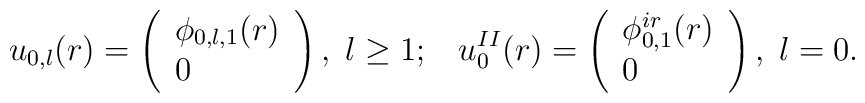
u_{0,l}(r)=\left( \begin{array}{l}\phi _{0,l,1}(r) \\ 0\end{array}\right) ,{\rm \;}{}l\geq 1;\;\;\;u_{0}^{II}(r)=\left( \begin{array}{l}\phi _{0,1}^{ir}(r) \\ 0\end{array}\right) ,\;{}l=0.